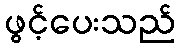
ဖွင့်ပေးသည်